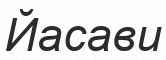
Йасави